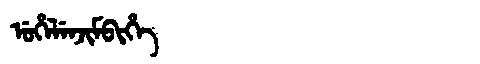
Manchu: ᡠᡥᡝᠯᡝᠨᠵᡳᠮᠪᡳᡥᡝ
Romanization: UHELENJIMBIHE